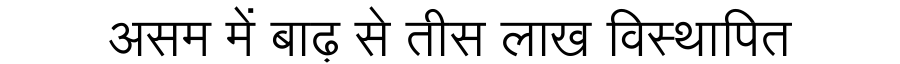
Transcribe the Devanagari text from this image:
असम में बाढ़ से तीस लाख विस्थापित